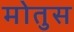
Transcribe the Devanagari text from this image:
मोतुस